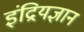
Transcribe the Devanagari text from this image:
इंद्रियज्ञान